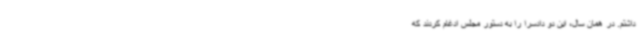
داشتم. در همان سال، این دو دادسرا را به دستور مجلس ادغام کردند که